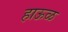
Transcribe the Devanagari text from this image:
हाऊळ